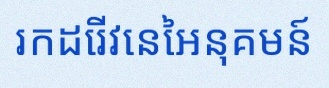
រកដេរីវេនៃអនុគមន៍